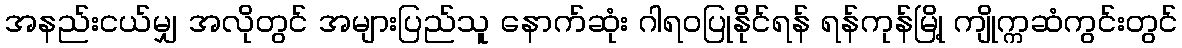
အနည်းငယ်မျှ အလိုတွင် အများပြည်သူ နောက်ဆုံး ဂါရဝပြုနိုင်ရန် ရန်ကုန်မြို့ ကျိုက္ကဆံကွင်းတွင်